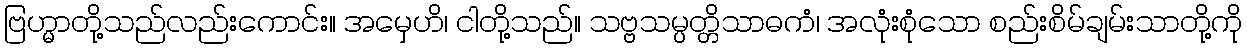
ဗြဟ္မာတို့သည်လည်းကောင်း။ အမှေဟိ၊ ငါတို့သည်။ သဗ္ဗသမ္ပတ္တိသာဓကံ၊ အလုံးစုံသော စည်းစိမ်ချမ်းသာတို့ကို